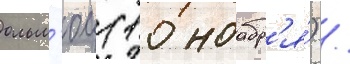
ольм'юц (10 ноабр'я́) /